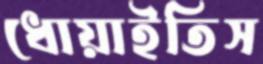
ধোয়াইতিস